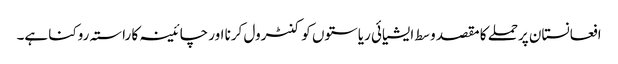
افعانستان پرحملے کا مقصد وسط ایشیائی ریاستوں کو کنٹرول کرنا اور چائینہ کا راستہ روکنا ہے۔